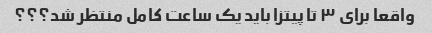
واقعا برای ۳ تا پیتزا باید یک ساعت کامل منتظر شد؟؟؟